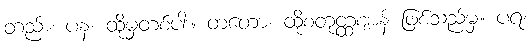
တည်း။ ပန၊ ထိုမှတစ်ပါး။ တတော၊ ထိုစတုတ္ထဈာန် ဖြစ်သည်မှ။ ပရံ၊